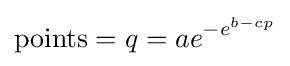
{\text{points}}=q=ae^{-e^{b-cp}}